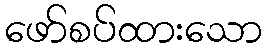
ဖော်စပ်ထားသော